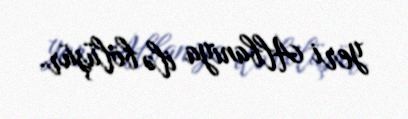
yeri Albaniya ilə bölüşür.